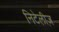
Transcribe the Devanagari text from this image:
निटेलीज़